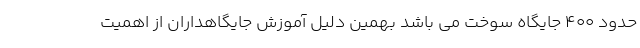
حدود ۴۰۰ جایگاه سوخت می باشد بهمین دلیل آموزش جایگاهداران از اهمیت